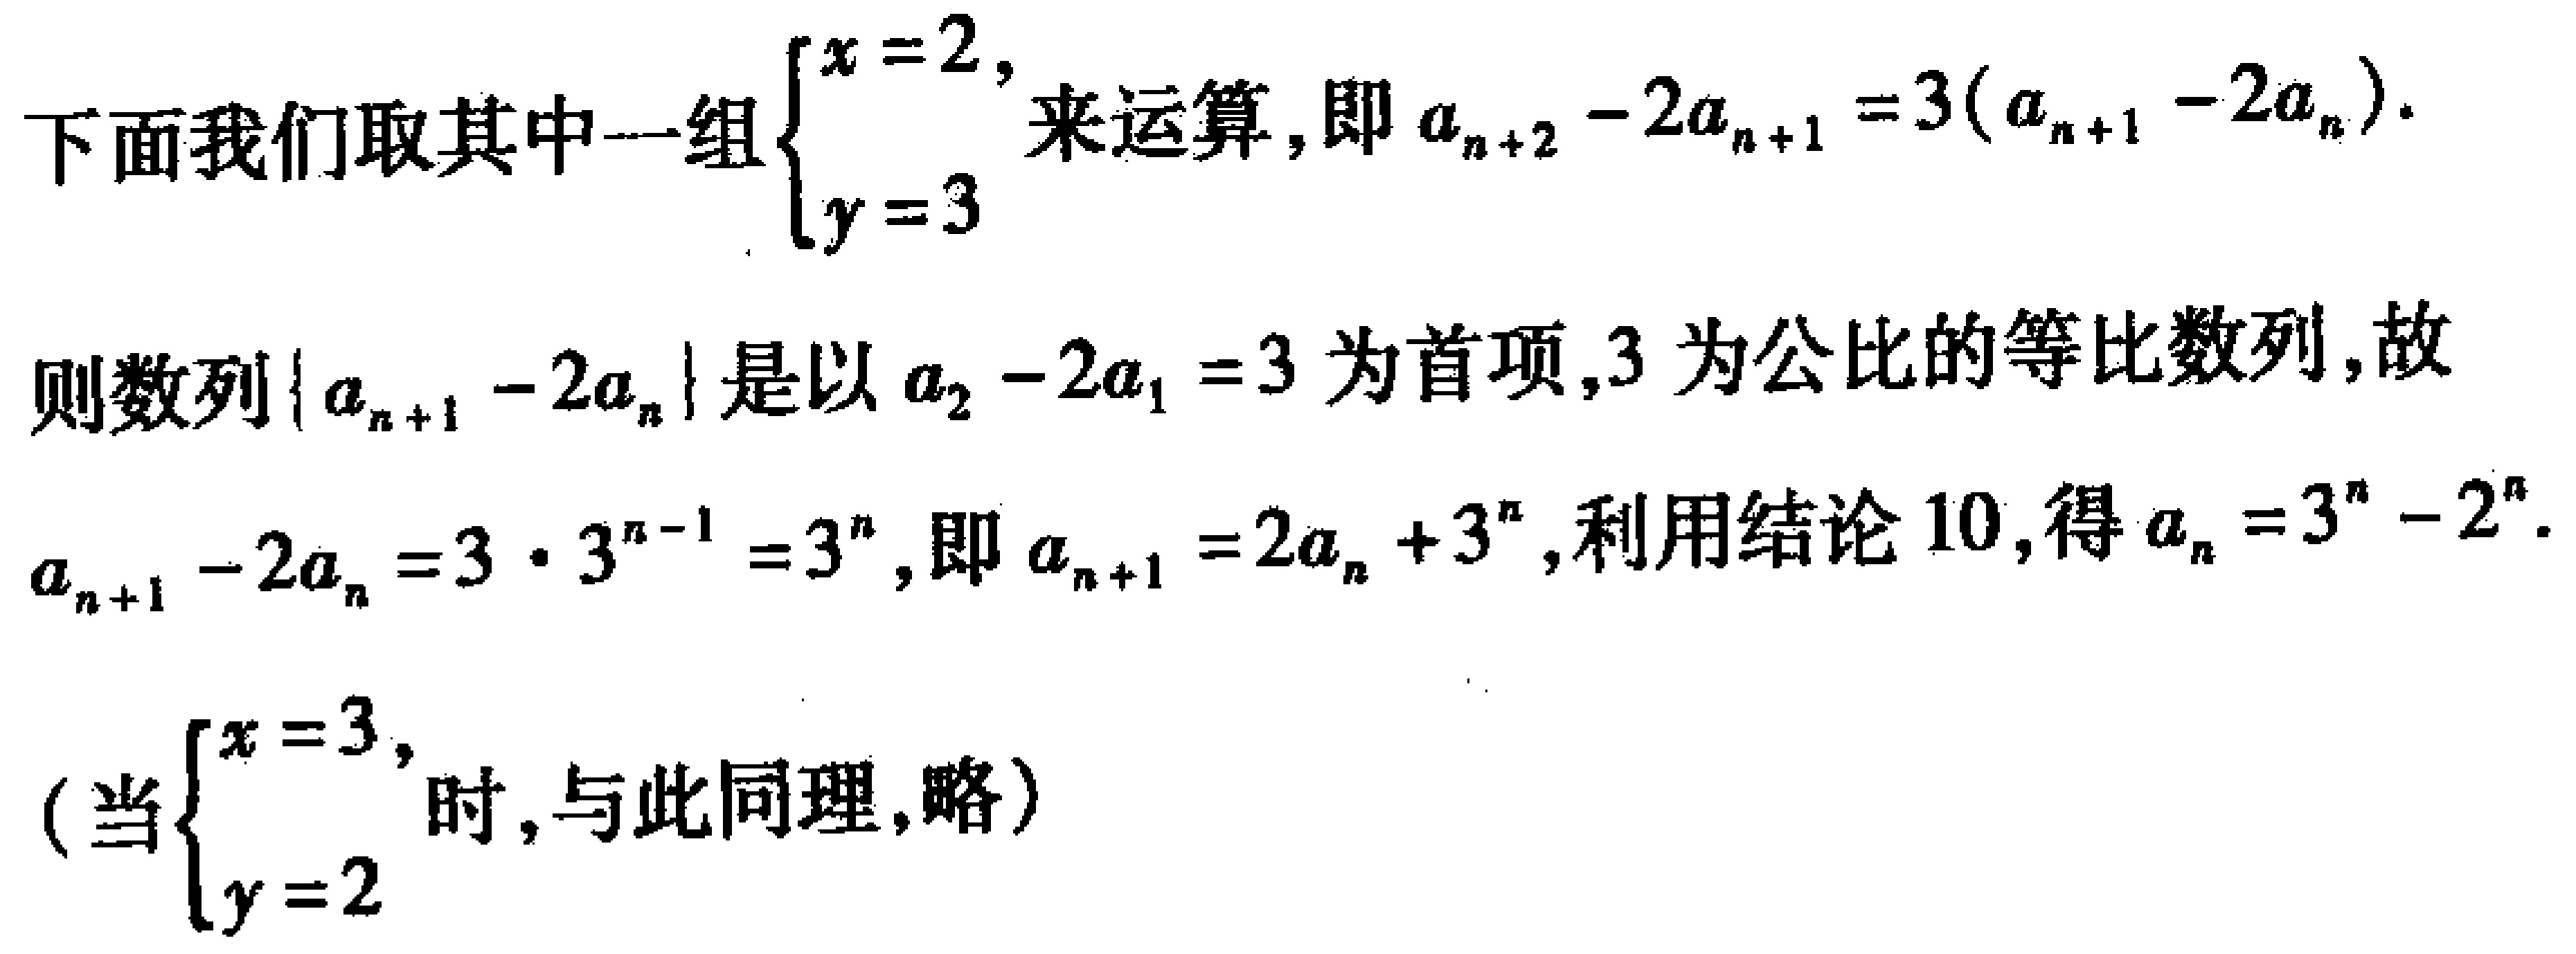
\(36n^{2}-12an - 12b + 180 = 0\)